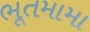
ભૂતમામા